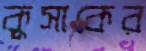
কুসাকের